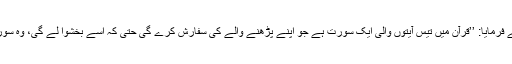
رسول اللہ ﷺنے فرمایا: ’’قرآن میں تیس آیتوں والی ایک سورت ہے جو اپنے پڑھنے والے کی سفارش کرے گی حتی کہ اسے بخشوا لے گی، وہ سورئہ ملک ہے‘‘۔